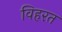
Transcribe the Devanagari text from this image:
विहरत